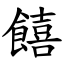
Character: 饎